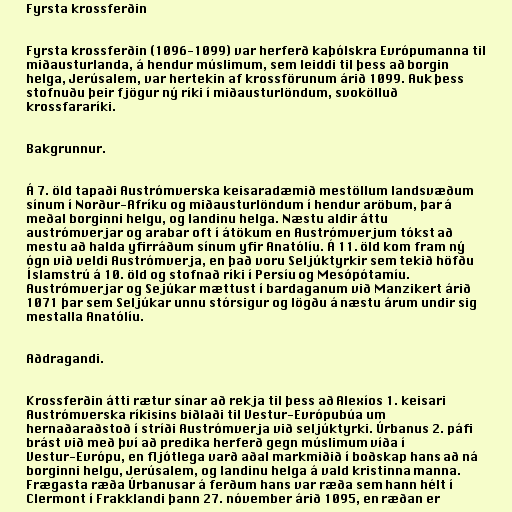
Fyrsta krossferðin

Fyrsta krossferðin (1096-1099) var herferð kaþólskra Evrópumanna til
miðausturlanda, á hendur múslimum, sem leiddi til þess að borgin
helga, Jerúsalem, var hertekin af krossförunum árið 1099. Auk þess
stofnuðu þeir fjögur ný ríki í miðausturlöndum, svokölluð
krossfararíki.

Bakgrunnur.

Á 7. öld tapaði Austrómverska keisaradæmið mestöllum landsvæðum
sínum í Norður-Afríku og miðausturlöndum í hendur aröbum, þar á
meðal borginni helgu, og landinu helga. Næstu aldir áttu
austrómverjar og arabar oft í átökum en Austrómverjum tókst að
mestu að halda yfirráðum sínum yfir Anatólíu. Á 11. öld kom fram ný
ógn við veldi Austrómverja, en það voru Seljúktyrkir sem tekið höfðu
Íslamstrú á 10. öld og stofnað ríki í Persíu og Mesópótamíu.
Austrómverjar og Sejúkar mættust í bardaganum við Manzikert árið
1071 þar sem Seljúkar unnu stórsigur og lögðu á næstu árum undir sig
mestalla Anatólíu.

Aðdragandi.

Krossferðin átti rætur sínar að rekja til þess að Alexíos 1. keisari
Austrómverska ríkisins biðlaði til Vestur-Evrópubúa um
hernaðaraðstoð í stríði Austrómverja við seljúktyrki. Úrbanus 2. páfi
brást við með því að predika herferð gegn múslimum víða í
Vestur-Evrópu, en fljótlega varð aðal markmiðið í boðskap hans að ná
borginni helgu, Jerúsalem, og landinu helga á vald kristinna manna.
Frægasta ræða Úrbanusar á ferðum hans var ræða sem hann hélt í
Clermont í Frakklandi þann 27. nóvember árið 1095, en ræðan er